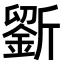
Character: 𣃋